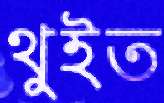
থুইত